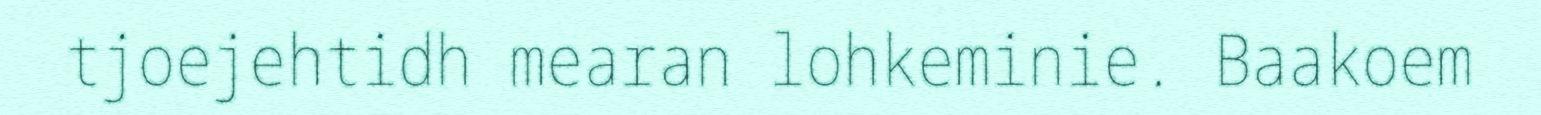
tjoejehtidh mearan lohkeminie. Baakoem